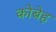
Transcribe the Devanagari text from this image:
कोबेह